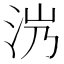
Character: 𣲸